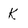
Character: k